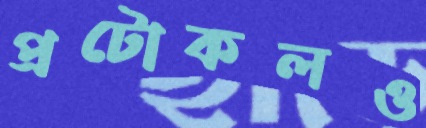
প্রটোকলও